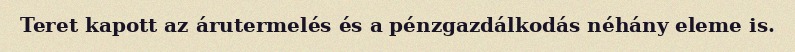
Teret kapott az árutermelés és a pénzgazdálkodás néhány eleme is.